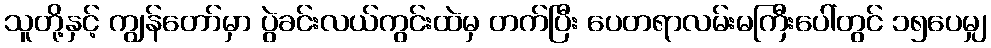
သူတို့နှင့် ကျွန်တော်မှာ ပွဲခင်းလယ်ကွင်းထဲမှ တက်ပြီး ပေတရာလမ်းမကြီးပေါ်တွင် ၁၅ပေမျှ